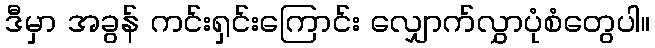
ဒီမှာ အခွန် ကင်းရှင်းကြောင်း လျှောက်လွှာပုံစံတွေပါ။